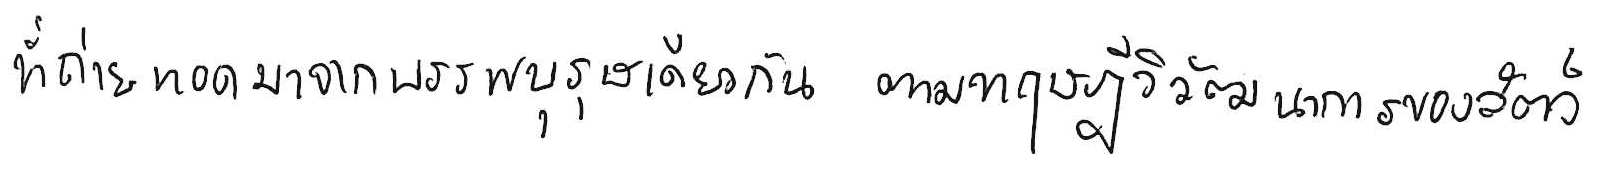
ที่ถ่ายทอดมาจากบรรพบุรุษเดียวกัน ตามทฤษฎีวิวัฒนาการของสัตว์